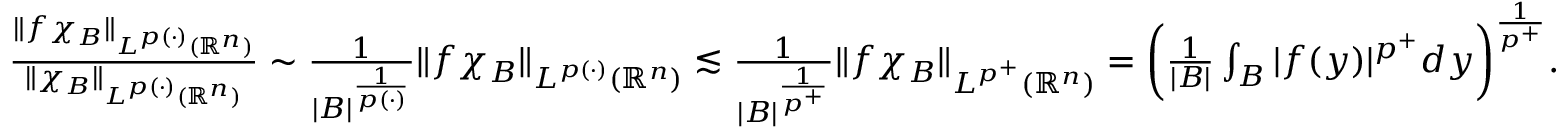
\begin{array} { r } { \frac { \| f \chi _ { B } \| _ { L ^ { p ( \cdot ) } ( \mathbb { R } ^ { n } ) } } { \| \chi _ { B } \| _ { L ^ { p ( \cdot ) } ( \mathbb { R } ^ { n } ) } } \sim \frac { 1 } { | B | ^ { \frac { 1 } { p ( \cdot ) } } } \| f \chi _ { B } \| _ { L ^ { p ( \cdot ) } ( \mathbb { R } ^ { n } ) } \lesssim \frac { 1 } { | B | ^ { \frac { 1 } { p ^ { + } } } } \| f \chi _ { B } \| _ { L ^ { p ^ { + } } ( \mathbb { R } ^ { n } ) } = \bigg ( \frac { 1 } { | B | } \int _ { B } | f ( y ) | ^ { p ^ { + } } d y \bigg ) ^ { \frac { 1 } { p ^ { + } } } . } \end{array}